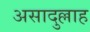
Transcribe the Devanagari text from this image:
असादुल्लाह